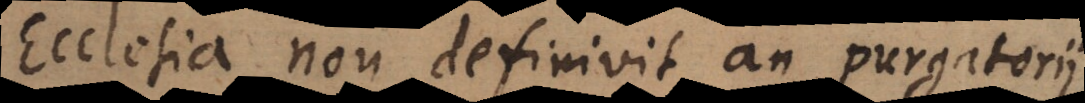
Ecclesia non definivit an purgatorii